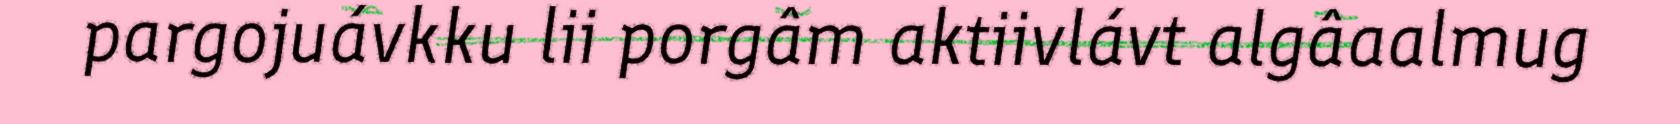
pargojuávkku lii porgâm aktiivlávt algâaalmug